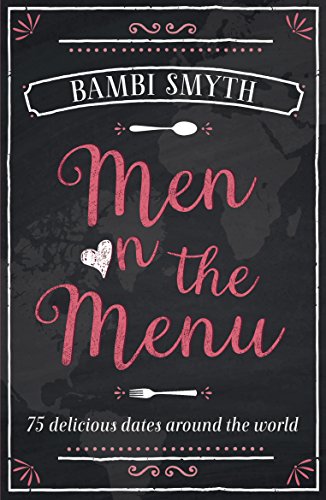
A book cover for Men on the Menu; Bambi Smyth; Romance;